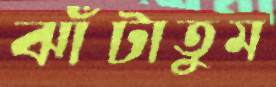
ঝাঁটাতুম